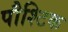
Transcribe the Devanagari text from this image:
पौश्टिक